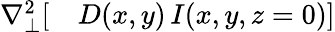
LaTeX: \begin{array}{rl}{\nabla_{\perp}^{2}[}&{{}D(x,y)\, I(x,y,z=0)]}\end{array}